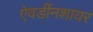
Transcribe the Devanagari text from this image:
ऐवर्डीनशायर